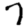
Digit: 7